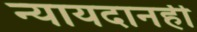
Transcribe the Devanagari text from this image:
न्यायदानही